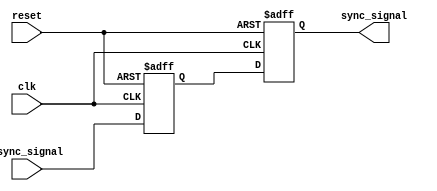
module TwoFF_Metastability_Detector (
    input wire clk,               // Clock signal
    input wire async_signal,      // Asynchronous input signal
    input wire reset,             // Optional reset signal
    output reg sync_signal        // Synchronized output signal
);

    // Internal signals for the two flip-flops
    reg ff1_out;                 // Output of the first flip-flop

    // First Flip-Flop (FF1)
    always @(posedge clk or posedge reset) begin
        if (reset) begin
            ff1_out <= 1'b0;     // Initialize FF1 output to 0 on reset
        end else begin
            ff1_out <= async_signal; // Capture the asynchronous signal
        end
    end

    // Second Flip-Flop (FF2)
    always @(posedge clk or posedge reset) begin
        if (reset) begin
            sync_signal <= 1'b0;  // Initialize sync_signal to 0 on reset
        end else begin
            sync_signal <= ff1_out; // Capture the output of FF1
        end
    end

endmodule